Annual report on the working of the mental hospitals in the Madras Presidency - 1912-1932
Year: 1912
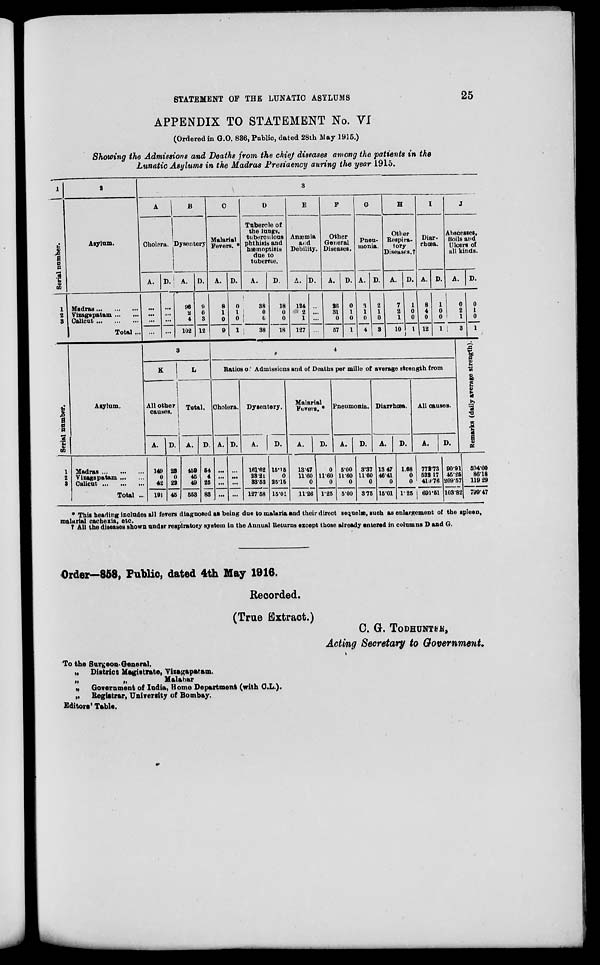
STATEMENT OF THE LUNATIC ASYLUMS
25
APPENDIX TO STATEMENT No. VI
(Ordered in G.O. 836, Public, dated 28th May 1915.)
Showing the Admissions and Deaths from the chief diseases among the patients in the
Lunatic Asylums in the Madras Presidency during the year 1915.
1
Serial number.
1
2
3
Serial number.
1
2
3
2
Asylum.
Madras ... ... ...
Vizagapatam ... ...
Calicut ... ... ...
Total ...
Asylum.
Madras ... ... ...
Vizagapatam ... ...
Calicut ... ... ...
Total ...
3
A
Cholera.
A.
...
...
...
...
D.
...
...
...
...
B
Dysentery
A.
96
2
4
102
D.
9
0
3
12
3
K
All other
causes.
A.
149
0
42
191
D.
23
0
22
45
L
Total.
A.
459
45
49
553
D.
54
4
25
83
C
Malarial
Fevers. *
A.
8
1
0
9
D.
0
1
0
1
D
Tubercle of
the lungs,
tuberculous
phthisis and
hæmoptisis
due to
tubercle.
A.
38
0
0
38
D.
18
0
0
18
E
Anæmia
and
Debility.
A.
124
2
1
127
D.
...
...
...
...
F
Other
General
Diseases.
A.
26
31
0
57
D.
0
1
0
1
G
Pneu-
monia.
A.
3
1
0
4
D.
2
1
0
3
H
Other
Respira-
tory
Diseases.†
A
7
2
1
10
D.
1
0
0
1
I
Diar-
rhœa.
A.
8
4
0
12
D.
1
0
0
1
J
Abscesses,
Boils and
Ulcers of
all kinds.
A.
0
2
1
3
4
Ratios of Admissions and of Deaths per mille of average strength from
Cholera.
A.
...
...
...
...
D.
...
...
...
...
Dysentery.
A.
161.62
23.21
33.53
127.58
D.
15.15
0
25.15
15.01
Malarial
Fevers. *
A.
13.47
11.60
0
11.26
D.
0
11.60
0
1.25
Pneumonia.
A.
5.00
11.60
0
5.00
D.
3.37
11.60
0
3.75
Diarrhœa.
A.
13.47
46.41
0
15.01
D.
1.68
0
0
1.25
All causes.
A.
D.
772.73
522.17
410.76
691.51
90.91
45.25
209.57
103.82
D.
0
1
0
1
Remarks (daily average strength).
594.00
86.18
119.29
799.47
* This heading includes all fevers diagnosed as being due to malaria and their direct sequelæ, such as enlargement of the spleen,
malarial cachexia, etc.
† All the diseases shown under respiratory system in the Annual Returns except those already entered in columns D and G.
Order—858. Public, dated 4th May 1916.
Recorded.
(True Extract.)
C. G. TODHUNTER,
Acting Secretary to Government.
To the Surgeon-General.
„ District Magistrate, Vizagapatam.
„
„
Malabar
„ Government of India, Home Department (with C.L.).
„ Registrar, University of Bombay.
Editors' Table.